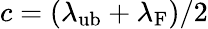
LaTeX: c=(\lambda_{\mathrm{ub}}+\lambda_{\mathrm{F}})/2